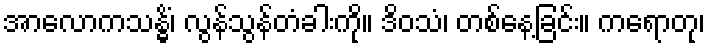
အာလောကသန္ဓိံ၊ လွန်သွန်တံခါးကို။ ဒိဝသံ၊ တစ်နေ့ခြင်း။ ကရောတု၊